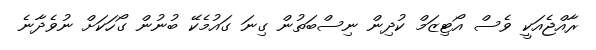
ރާއްޖެއަކީ ވެސް އޯޓިޒަމް ކުދިން ނިސްބަތުން ގިނަ ގައުމެކޭ ބުނުން ގޯހަކަށް ނުވެދާނެ